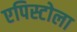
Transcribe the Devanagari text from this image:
एपिस्टोला